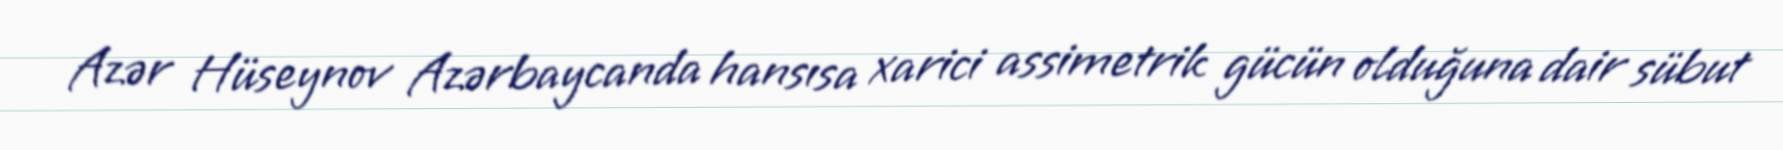
Azər Hüseynov Azərbaycanda hansısa xarici assimetrik gücün olduğuna dair sübut